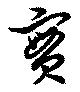
実